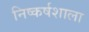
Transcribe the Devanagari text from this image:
निष्कर्षशाला